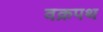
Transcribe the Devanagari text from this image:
वक्रपथ